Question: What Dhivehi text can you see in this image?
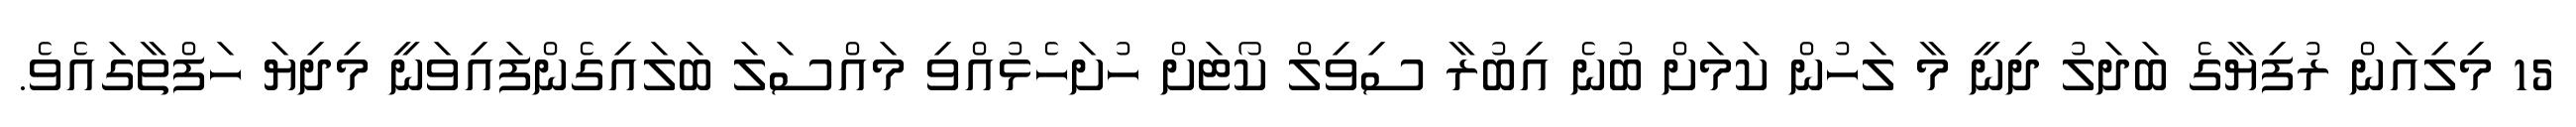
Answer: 15 މިލިއަން ރުފިޔާގެ ބަދަލު ދިނީ މާ ލަހުން ކަމަށް ބުނެ އިބުރާ ސިވިލް ކޯޓަށް ހުށަހެޅުއްވި މައްސަލަ ބަލައިގެންފައިވަނީ މިދިޔަ ހަފްތާގައެވެ.